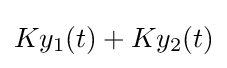
Ky_{1}(t)+Ky_{2}(t)